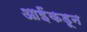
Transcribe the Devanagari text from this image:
आईंकडून